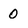
Character: 0